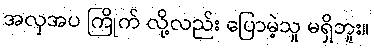
အလှအပ ကြိုက် လို့လည်း ပြောမဲ့သူ မရှိဘူး။